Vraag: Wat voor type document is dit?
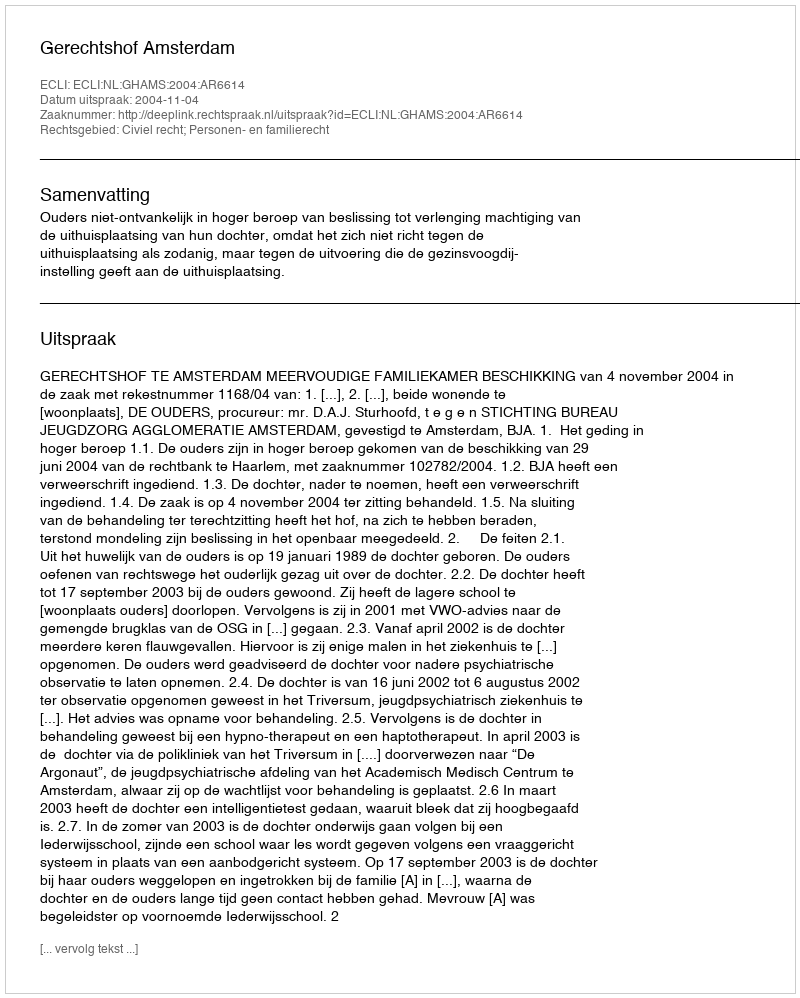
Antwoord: Uitspraak